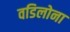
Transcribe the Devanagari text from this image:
वडिलोना